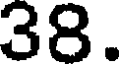
38.